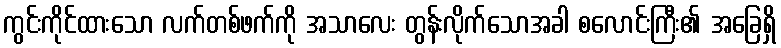
ကွင်းကိုင်ထားသော လက်တစ်ဖက်ကို အသာလေး တွန်းလိုက်သောအခါ စလောင်းကြီး၏ အခြေရှိ